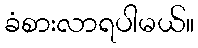
ခံစားလာရပါမယ်။